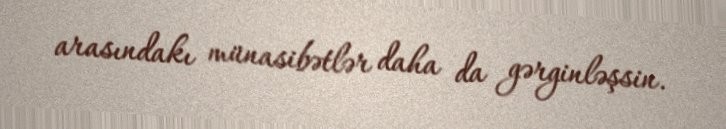
arasındakı münasibətlər daha da gərginləşsin.